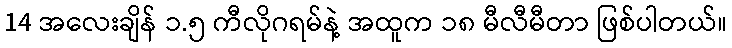
14 အလေးချိန် ၁.၅ ကီလိုဂရမ်နဲ့ အထူက ၁၈ မီလီမီတာ ဖြစ်ပါတယ်။